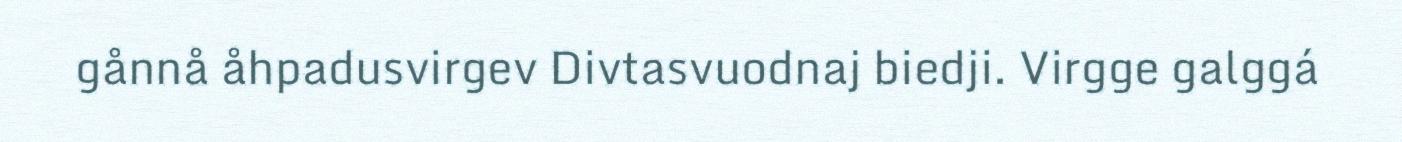
gånnå åhpadusvirgev Divtasvuodnaj biedji. Virgge galggá